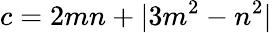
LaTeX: c=2mn+|3m^{2}-n^{2}|